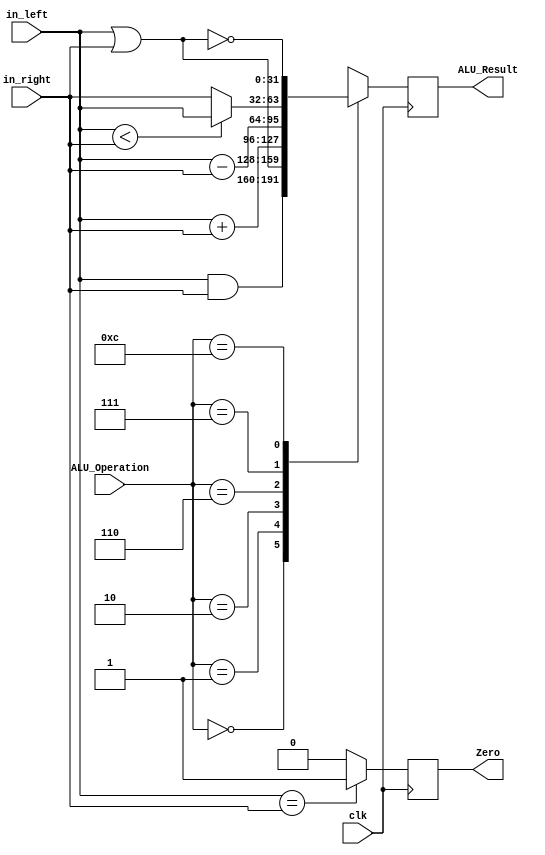
`timescale 1ns / 1ps
//////////////////////////////////////////////////////////////////////////////////
// Company: 
// Engineer: 
// 
// Design Name: 
// Module Name:    ALU_32 
// Project Name: 
// Target Devices: 
// Tool versions: 
// Description: 
//
// Dependencies: 
//
// Revision: 
// Revision 0.01 - File Created
// Additional Comments: 
//
//////////////////////////////////////////////////////////////////////////////////
module ALU_32(
    output reg Zero,
    output reg [31:0] ALU_Result,
    input [3:0] ALU_Operation,
    input [31:0] in_left,
    input [31:0] in_right,
	 input clk
    );
	 
	reg [31:0] internal_ALU_Result;
	reg internal_Zero;
	
	always@(in_left,in_right,ALU_Operation)begin
		if(in_left==in_right)
			internal_Zero=1'b1;
		else
			internal_Zero=1'b0;
			
		case(ALU_Operation)
			0: internal_ALU_Result = in_left & in_right;
			1:	internal_ALU_Result = in_left | in_right;
			2: internal_ALU_Result = in_left + in_right;
			6:	internal_ALU_Result = in_left - in_right;
			7:	internal_ALU_Result = (in_left < in_right) ? in_left : in_right;
			12:internal_ALU_Result = ~(in_left | in_right);
			default:internal_ALU_Result = 32'bX;
		endcase
	end
	
	always@(posedge clk)begin
		Zero <= internal_Zero;
		ALU_Result <= internal_ALU_Result;
	end
	
endmodule